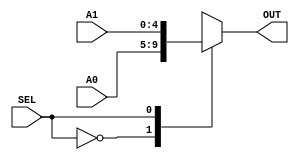
`timescale 1ns / 1ps
//////////////////////////////////////////////////////////////////////////////////
// Company: 
// 
// Design Name: 
// Module Name:    MUX4x1de4bits
// Project Name: 	 Control Servo	
// Target Devices: 
// Tool versions: 
// Description: MUX 2x1 de 5bits
//////////////////////////////////////////////////////////////////////////////////
module MUX2x1de5bits(A0,A1,SEL,OUT);
	input [4:0] A0,A1;
	input SEL;
	output reg [4:0] OUT;
	
	always @(A0 or A1 or SEL)
		case (SEL)
			1'b0: OUT=A0;
			1'b1: OUT=A1;
		endcase
	
endmodule